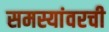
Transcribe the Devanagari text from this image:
समस्यांवरची